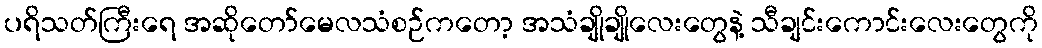
ပရိသတ်ကြီးရေ အဆိုတော်မေလသံစဉ်ကတော့ အသံချိုချိုလေးတွေနဲ့ သီချင်းကောင်းလေးတွေကို